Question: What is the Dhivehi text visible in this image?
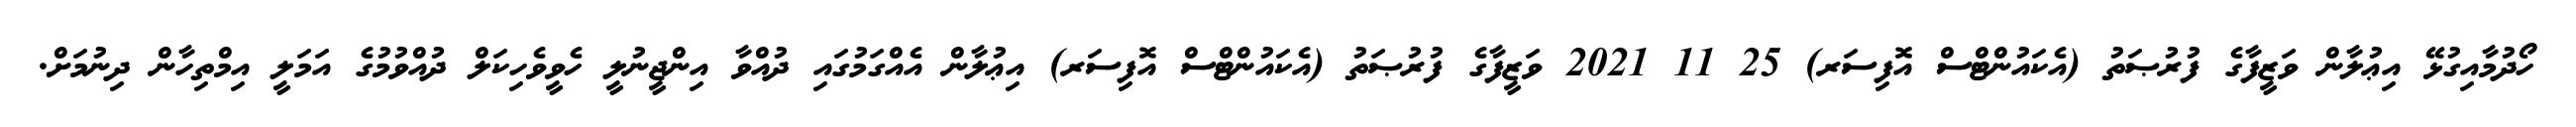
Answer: ހޯދުމާއިގުޅޭ އިޢުލާން ވަޒީފާގެ ފުރުޞަތު (އެކައުންޓްސް އޮފިސަރ) 25 11 2021 ވަޒީފާގެ ފުރުޞަތު (އެކައުންޓްސް އޮފިސަރ) އިޢުލާން އެއްގަމުގައި ދުއްވާ އިންޖީނުލީ ހެވީވެހިކަލް ދުއްވުމުގެ އަމަލީ އިމްތިހާން ދިނުމަށް.